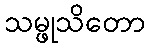
သမ္ဖုသိတော